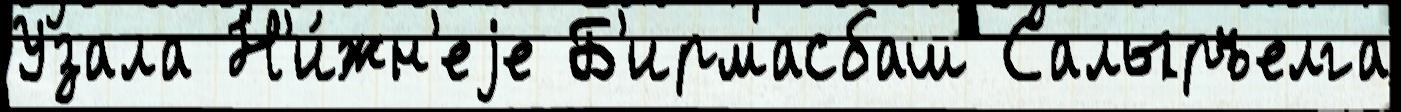
Узала Н'и́жн'еjе Б'ирмасбаш Салыръелга